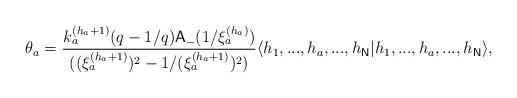
LaTeX: \begin{align*}\theta _{a}=\frac{k_{a}^{\left( h_{a}+1\right) }(q-1/q)\mathsf{A}_{-}(1/\xi_{a}^{\left( h_{a}\right) })}{((\xi _{a}^{(h_{a}+1)})^{2}-1/(\xi_{a}^{(h_{a}+1)})^{2})}\langle h_{1},...,h_{a},...,h_{\mathsf{N}}|h_{1},...,h_{a},...,h_{\mathsf{N}}\rangle ,\end{align*}